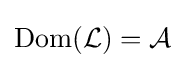
\mathrm {Dom} ({\mathcal {L}})={\mathcal {A}}